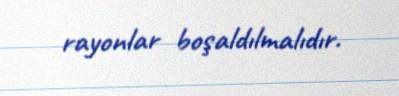
rayonlar boşaldılmalıdır.